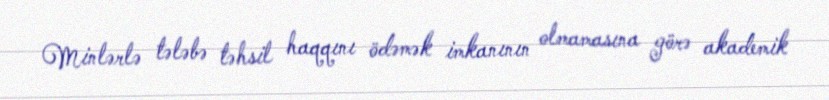
Minlərlə tələbə təhsil haqqını ödəmək imkanının olmamasına görə akademik